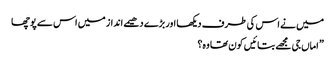
میں نے اس کی طرف دیکھا اور بڑے دھیمے انداز میں اس سے پوچھا
” اماں جی مجھے بتائیں کون تھا وہ؟